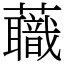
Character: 蘵